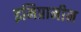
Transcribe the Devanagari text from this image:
इमिप्रामीन